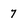
Character: 7